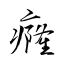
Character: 癃